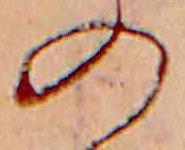
の